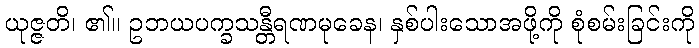
ယုဇ္ဇတိ၊ ၏။ ဥဘယပက္ခသန္တီရဏမုခေန၊ နှစ်ပါးသောအဖို့ကို စုံစမ်းခြင်းကို